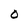
Character: 0